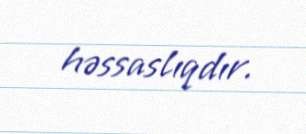
həssaslıqdır.